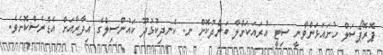
ޕޮރޮޕޯސަލް ހުށައަޅަންވާނީ ސިޓީ އުރައަކަށްލާ ބަންދުކޮށް ނ. ކެނދިކުޅުދޫ ކައުންސިލްގެ އިދާރާއަށް އެޑްރެސްކޮށެވެ.